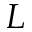
L